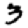
Digit: 3